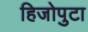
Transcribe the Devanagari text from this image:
हिजोपुटा